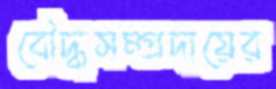
বৌদ্ধসম্প্রদায়ের